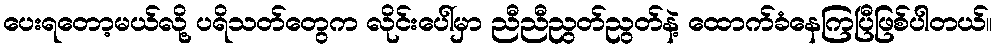
ပေးရတော့မယ်လို့ ပရိသတ်တွေက လိုင်းပေါ်မှာ ညီညီညွတ်ညွတ်နဲ့ ထောက်ခံနေကြပြီဖြစ်ပါတယ်။